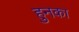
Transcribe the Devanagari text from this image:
हुनका